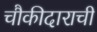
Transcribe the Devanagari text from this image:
चौकीदाराची